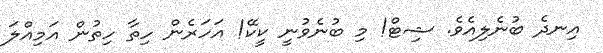
އިނދެ ބުނެލިއެވެ. ޝިޓް! މި ބުނެވުނީ ކީކޭ! އަހަރެން ހިތާ ހިތުން އަމިއްލަ